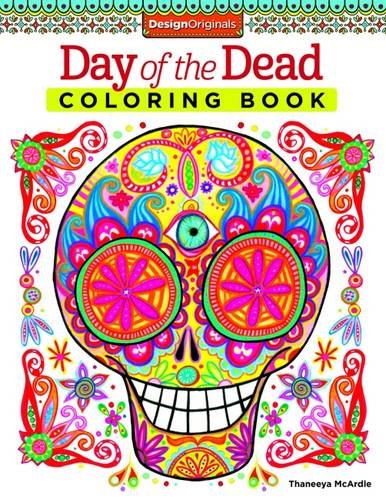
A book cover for Day of the Dead Coloring Book (Coloring Is Fun); Thaneeya McArdle; Arts & Photography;